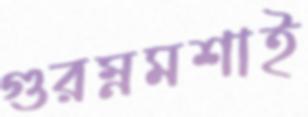
গুরম্নমশাই